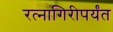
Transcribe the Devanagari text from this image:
रत्‍नागिरीपर्यंत